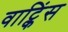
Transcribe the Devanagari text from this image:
वाट्किंस